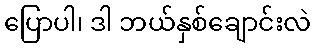
ပြောပါ၊ ဒါ ဘယ်နှစ်ချောင်းလဲ